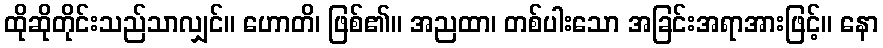
ထိုဆိုတိုင်းသည်သာလျှင်။ ဟောတိ၊ ဖြစ်၏။ အညထာ၊ တစ်ပါးသော အခြင်းအရာအားဖြင့်။ နော